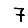
Digit: 7